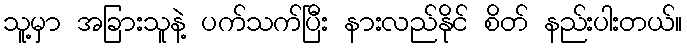
သူ့မှာ အခြားသူနဲ့ ပက်သက်ပြီး နားလည်နိုင် စိတ် နည်းပါးတယ်။